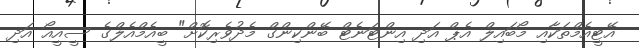
އޭޓީއެމްތަކާއި މޯބައިލް އެޕް އަދި އިންޓަނެޓް ބޭންކިންގް މެދުވެރިކޮށް" ބީއެމްއެލްގެ ސީއީއޯ އަދި